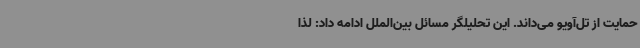
حمایت از تل‌آویو می‌داند. این تحلیلگر مسائل بین‌الملل ادامه داد: لذا